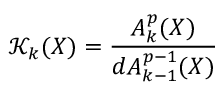
{ \mathcal { K } } _ { k } ( X ) = { \frac { A _ { k } ^ { p } ( X ) } { d A _ { k - 1 } ^ { p - 1 } ( X ) } }